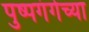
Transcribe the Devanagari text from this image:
पुष्पगंगेच्या